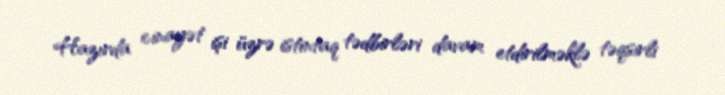
Hazırda cinayət işi üzrə istintaq tədbirləri davam etdirilməklə təqsirli